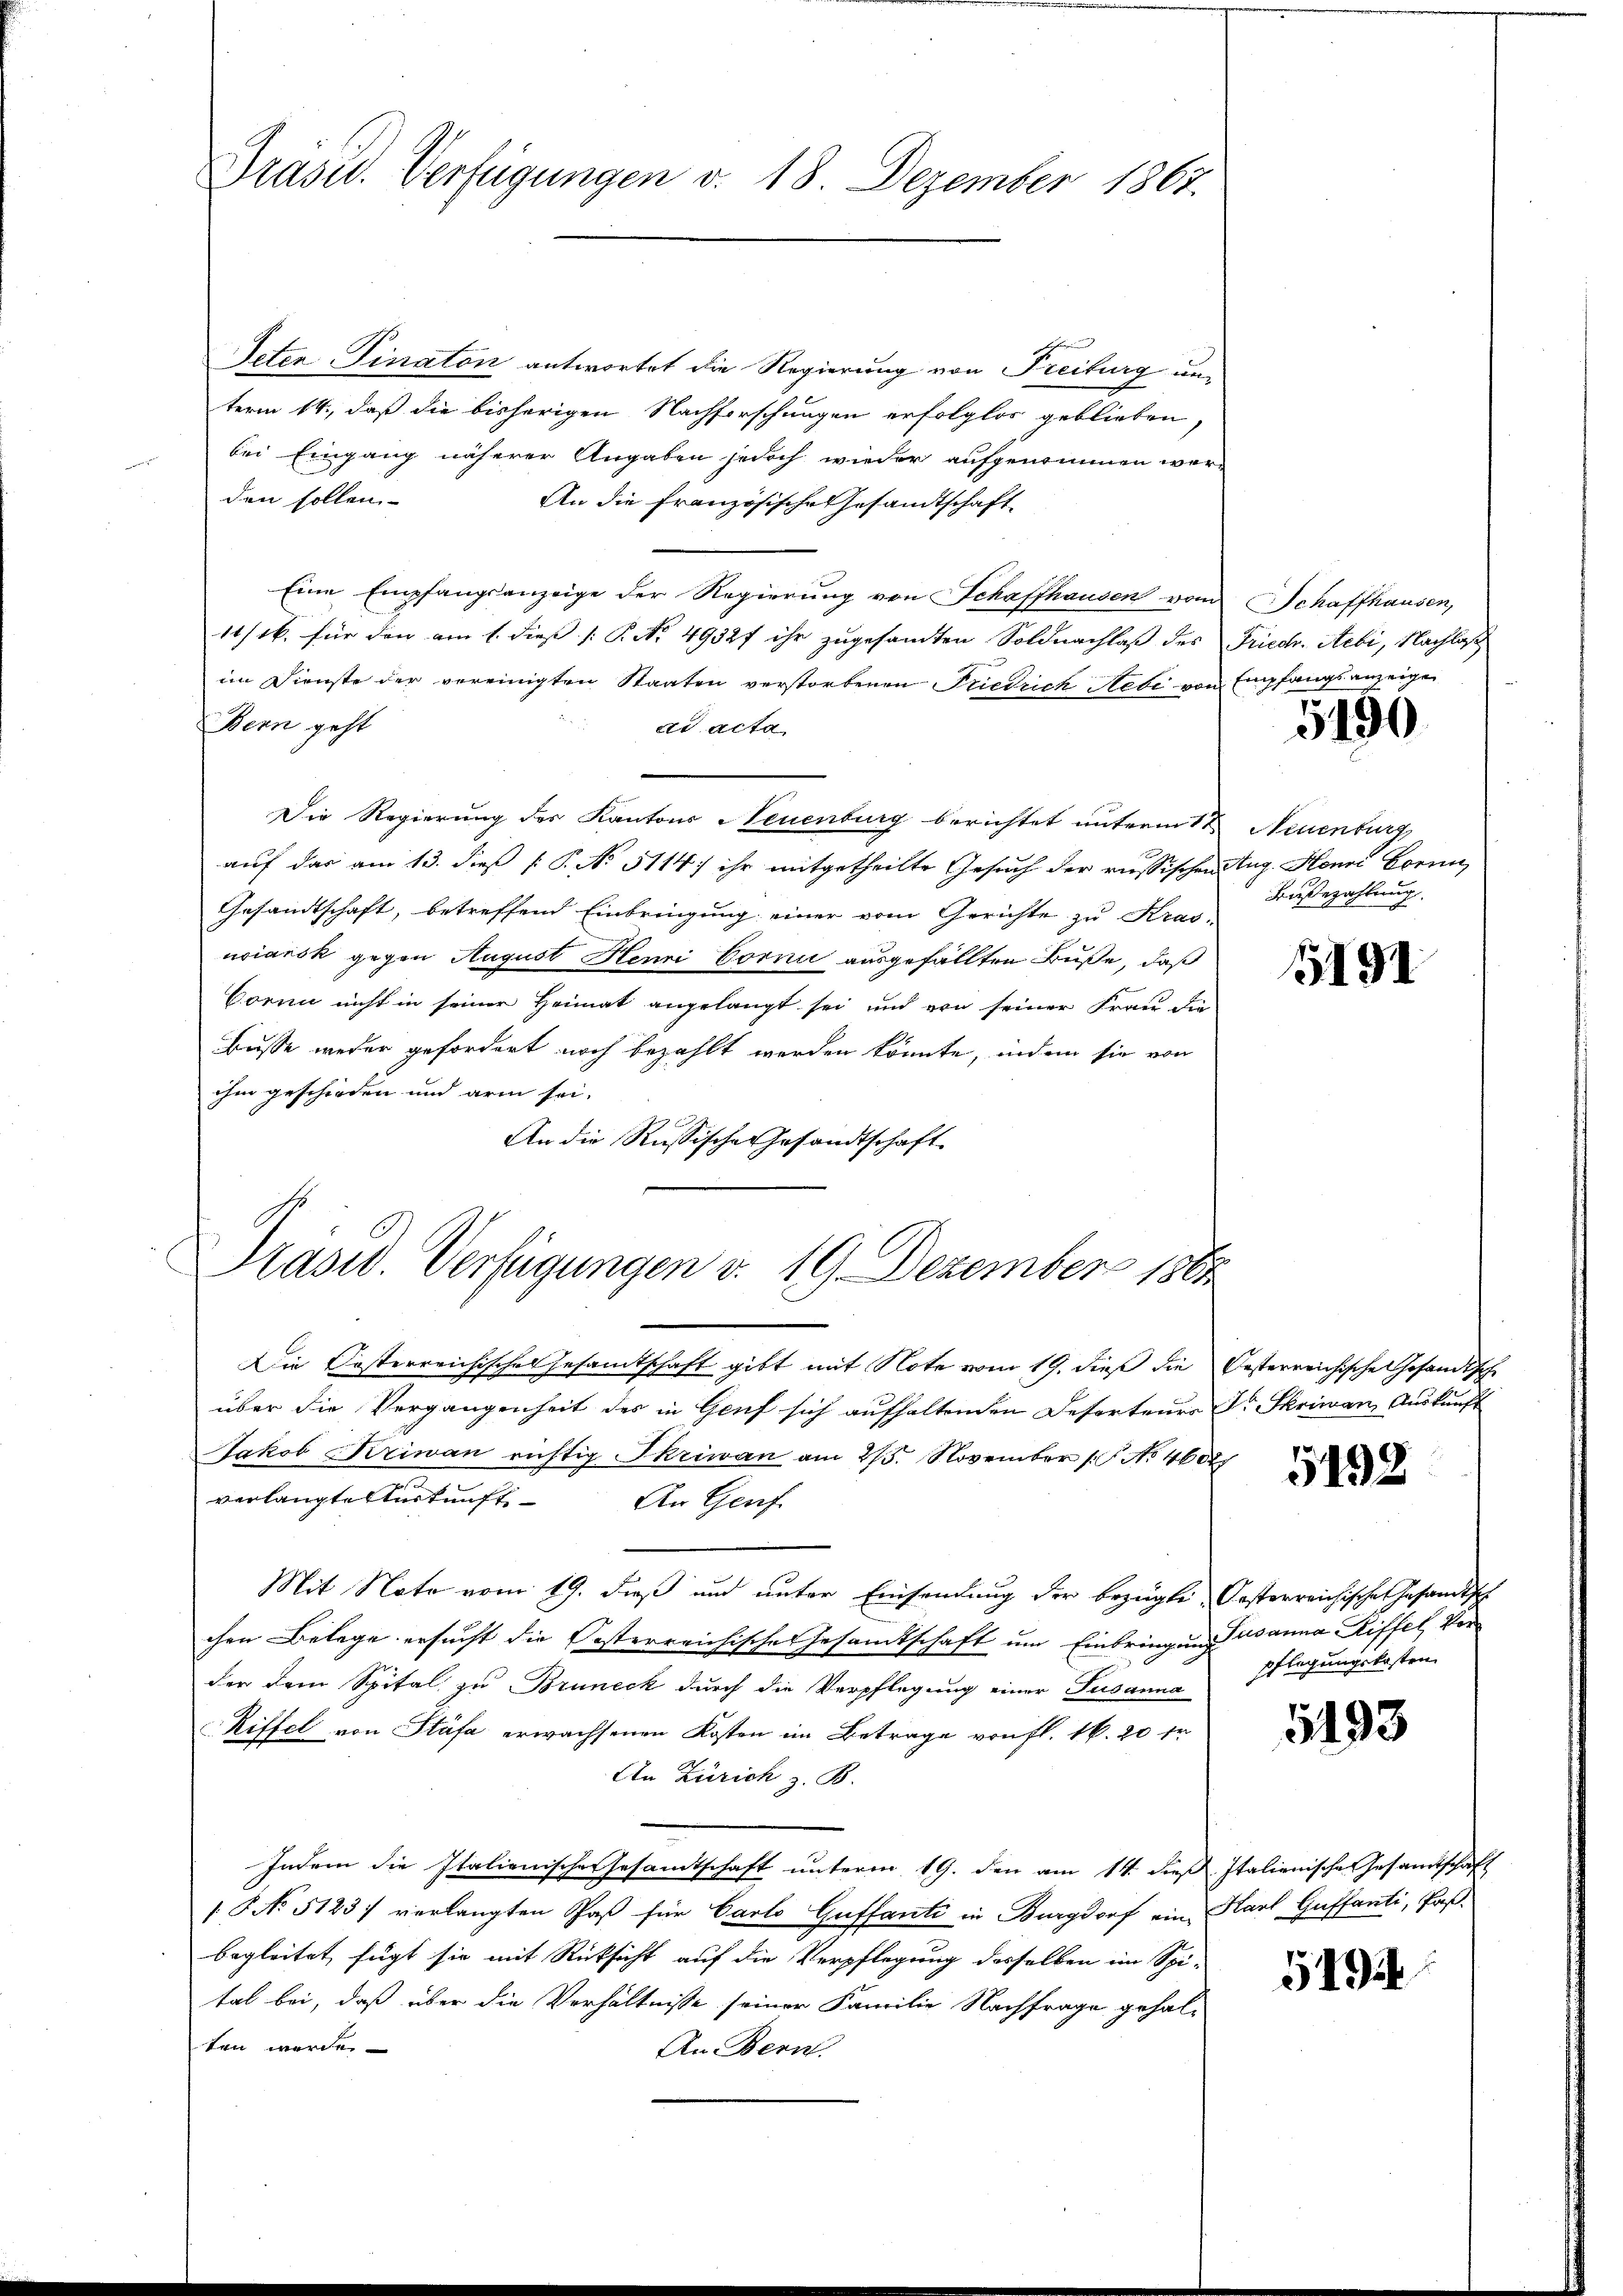
Präsid. Verfügungen v. 18. Dezember 1867.

Veter Finaton antwortet die Regierung von Freiburg unterm 14., daß die bisherigen Nachforschungen erfolglos geblieben,
bei Eingang näherer Angaben jedoch wieder aufgenommen werden sollen
An die französische Gesandtschaft
Eine Empfangsanzeige der Regierung von Schaffhausen vom Schaffhausen,
11/6. für den am 1. dieß [ P. No. 4932f ihr zugesandten Soldnachlaß des Friech. Aebi, Nachlaß
im Dienste der vereinigten Staaten verstorbenen Friedrich Nebe von Empfangsanzeige
Bern geht
dd acta
Die Regierung des Kantons Neuenburg berichtet unterm 1ten Neuenburg,
auf das am 13. dieß P. No. 5114) ihr mitgetheilte Gesuch der russischen Aug. Henri Hornu
Gesandtschaft, betreffend Einbringung einer vom Gerichte zu Kras-
uciarsk gegen August Henri Corni ausgefällten Buße, daß
Corni nicht in seiner Heimat angelangt sei und von seiner Frau die
busse weder gefordert noch bezahlt werden könnte, indem sie von
ihm geschieden und arm sei.
An die Russische Gesandtschaft
Pasid. Verfügungen v. 19. Dezember 1865
Die Kosterreichisches Gesamtschaft gibt mit Note vom 19. dieß die Oesterreichische Gesandtsche
über die Vergangenheit des in Genf sich aufhaltenden Reforteurs Dr Skriwan Auskunft
Jakob Kriwan richtig Skriwan am 25. November (: No 46027
verlangte Sturkunft
An Genf.
Mit Note vom 19. dieß und unter Einsendung der bezügli, Pasterreichische Gesandtisch
chen Belege ersucht die Oesterreichisches Gesamtschaft um Einbringung usanna Riffel Vor
der dem Spital zu Bruneck durch die Verpflegung einer Susanna
Riffel von Stäfa erwachsenen Kosten im Betrage von fl. 16. 20 fr
An Zürich z. B.
Indem die Italienische Gesamtschaft unterm 19. den am 14. dieß Italienisches Gesandtschaft
[No 5123) verlangten Paß für Carto Guffanti in Burgdorf ein Karl Guffanti, Paßbegleitet fügt sie mit Rücksicht auf die Verpflegung desselben im Spi-
tal bei, daß über die Verhältnisse seiner Familie Nachfrage gehal-
ten werde
An Bern.

5190

Bagezahlung.

15191

5192

pflegungskosten.

5193

5194